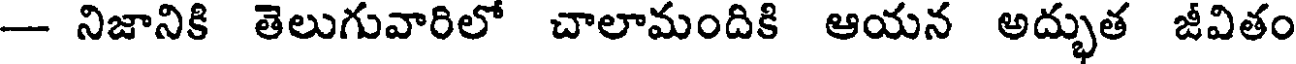
-- నిజానికి తెలుగువారిలో చాలామందికి ఆయన అద్భుత జీవితం